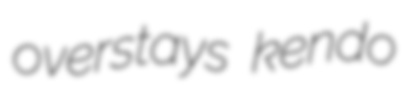
overstays kendo